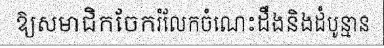
ឱ្យសមាជិកចែករំលែកចំណេះដឹងនិងដំបូន្មាន